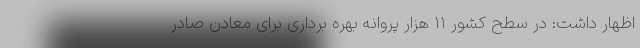
اظهار داشت: در سطح کشور ۱۱ هزار پروانه بهره برداری برای معادن صادر